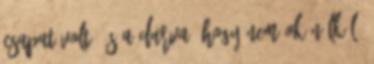
csapat volt, és a durva, hogy nem ok nélkül,